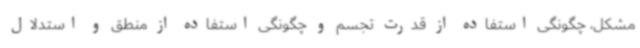
مشکل، چگونگی استفاده از قدرت تجسم و چگونگی استفاده از منطق و استدلال